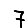
Digit: 7